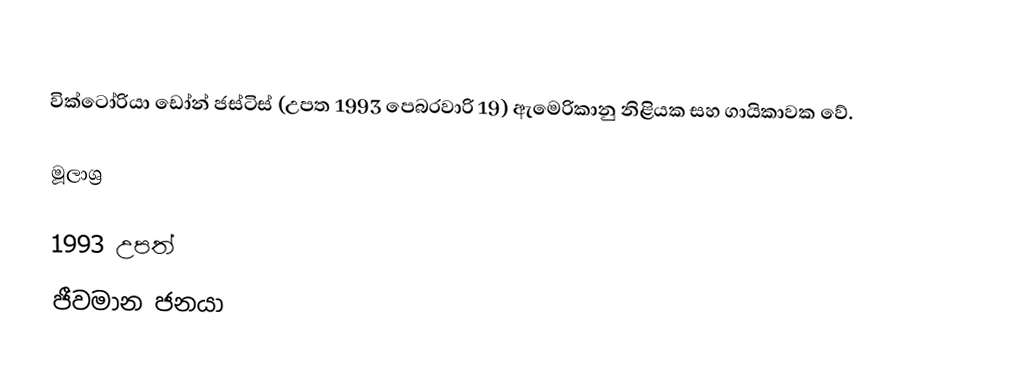
වික්ටෝරියා ඩෝන් ජස්ටිස්  (උපත 1993 පෙබරවාරි 19) ඇමෙරිකානු නිළියක සහ ගායිකාවක වේ.

මූලාශ්‍ර

1993 උපත්
ජීවමාන ජනයා